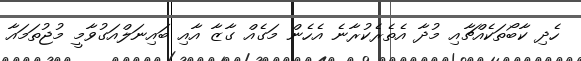
ހެދި ކާބޯތަކެއްޗާއި މުދާ އެތެރެކުރާނެ އެހެން މަގެއް ގާޒާ އާއި ބައިނަލްއަގުވާމީ މުޖުތަމައާ